system: You are a helpful assistant.
user:
Analyze the provided spectrum to determine if it is a **Carbon Star (C-type)**.

- **Key Visual Indicators of Carbon Star:**
    - **(Primary):** Strong molecular absorption from **C₂ (diatomic carbon) "Swan Bands."** This is the **defining feature** of a carbon star.
        - **(Key Bandheads):** Sharp absorption edges are visible at approximately $5635$ Å, $5165$ Å (the strongest band), and $4737$ Å.
        - **(Line Profile):** Creates a distinct **"saw-tooth"** pattern. The key morphology is a sharp, steep bandhead on the **red (long-wavelength) side**, which then gradually tapers off (i.e., flux recovers) towards the **blue (short-wavelength) side**. *(This is the direct opposite of the TiO bands seen in M-type stars)*.

    - **(Secondary):** Intense **CN (cyanogen)** molecular absorption bands.
        - **(Key Bandheads):** Located in the blue and violet regions of the spectrum (e.g., near $4215$ Å and $3883$ Å).
        - **(Morphology):** These bands are extremely broad and act as a "blanket," absorbing the vast majority of blue and violet light. This creates a characteristic **"cliff"** or **"steep drop-off"** in the spectrum's flux at short wavelengths.

    - **(Key Confirmation):** Strong **CH absorption band (G-band)**.
        - **(Key Bandhead):** Located around $4300$ Å. The contribution from CH molecules to this band is exceptionally strong.

    - **(Overall Spectrum):**
        - The continuum is severely "chopped up" by these deep molecular bands, especially C₂, rather than appearing as a smooth curve.
        - Due to the heavy CN and C₂ absorption in the blue-green, the vast majority of the star's flux is concentrated in the red part of the spectrum, giving the star its characteristic deep red color.

Think first, call **spectral_visualization_tool** if needed to examine features in detail, then provide your final answer. Your response must adhere to the following strict rules:
1.  **Overall Structure:** Your response must follow the format `<think>...</think> <tool_call>...</tool_call> (if a tool is used) <answer>...</answer>`.
2.  **Tool Usage Constraint:** You may only make **one** tool call per turn.
3.  **Final Answer Format:** In the `<answer>` tag, your conclusion must be inside a `\boxed{}` command (e.g., `\boxed{YES}`), followed by your justification.

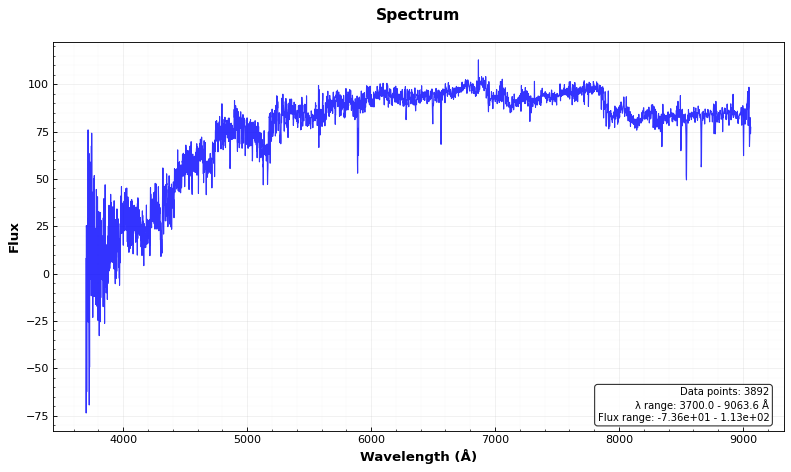
Answer: YES